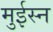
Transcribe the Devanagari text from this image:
मुईस्न